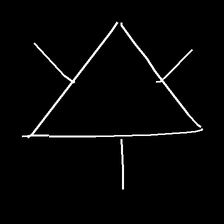
Glyph: fire